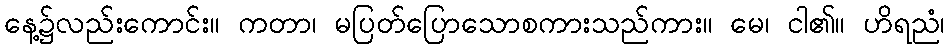
နေ့၌လည်းကောင်း။ ကတာ၊ မပြတ်ပြောသောစကားသည်ကား။ မေ၊ ငါ၏။ ဟိရညံ၊